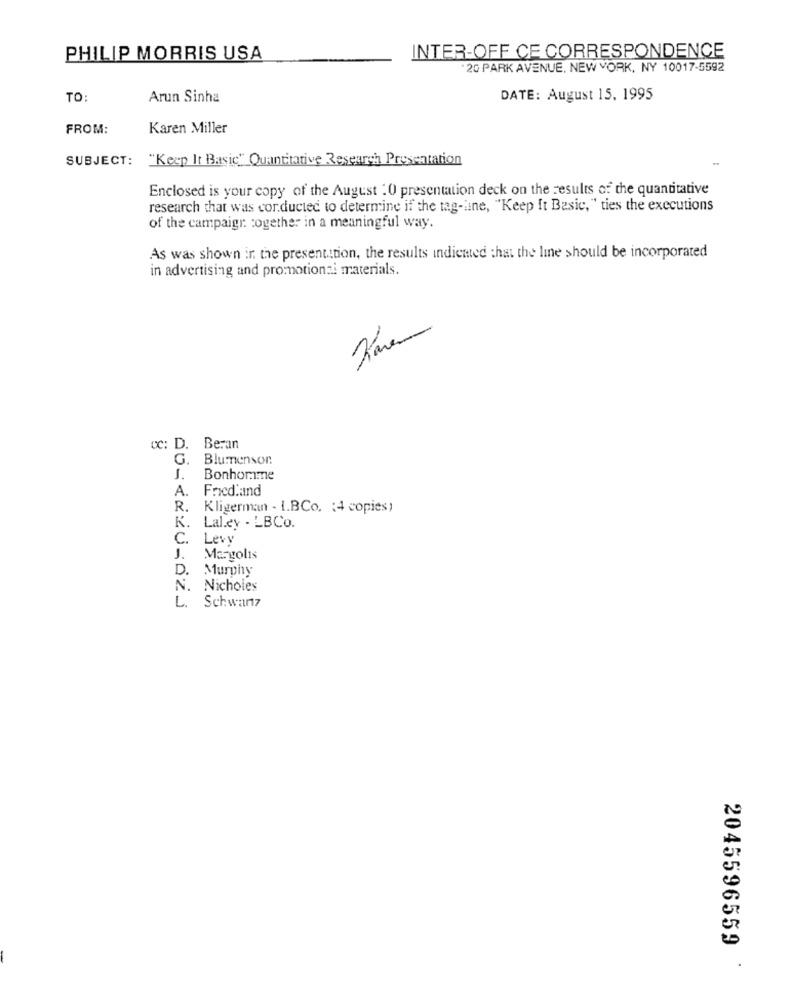
INTER-OFF CE CORRESPONDENCE
PHILIP MORRIS USA
"20 PARK AVENUE, NEW YORK, NY 10017-5592
TO:
Arun Sinha
DATE: August 15, 1995
FROM:
Karen Miller
SUBJECT: "Keep It Basic" Quantitative Research Presentation
Enclosed is your copy of the August :0 presentation deck on the results of the quantitative
research that was cor.ducted to determine if the tag-une, "Keep It Basic, " ties the executions
of the campaign together in a meaningful way.
As was shown in the presentation, the results indicated that the line should be incorporated
in advertising and promotionzi materials.
Cc: D. Beran
G. Blumenson
J.
Bonhomme
A. Fried.and
R. Kligerman - I.BCo. (4 copies)
K. Laley - LBCo.
C.
Levy
J.
Margolis
D.
Murphy
N. Nicholes
L.
Schwartz
2045596559
.